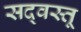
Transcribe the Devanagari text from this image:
सद्‌वस्तू